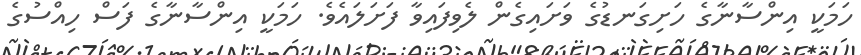
ހަމަކީ އިންސާނާގެ ހަށިގަނޑުގެ ވަށައިގެން ލެވިފައިވާ ފަށަލައެވެ. ހަމަކީ އިންސާނާގެ ފަސް ހިއްސުގެ